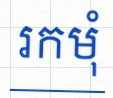
រកមុំ